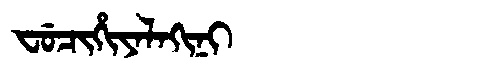
Manchu: ᠸᡠᠴᡳᡥᡳᠶᠠᠯᠠᡴᡳᠨᡳ
Romanization: FUCIHIYALAKINI